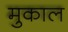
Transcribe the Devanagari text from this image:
मुकाल